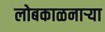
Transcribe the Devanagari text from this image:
लोबकाळनाऱ्या